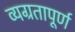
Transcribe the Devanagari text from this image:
व्यग्रतापूर्ण